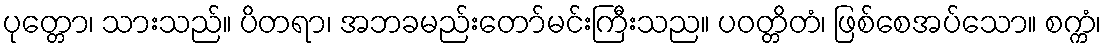
ပုတ္တော၊ သားသည်။ ပိတရာ၊ အဘခမည်းတော်မင်းကြီးသည။ ပဝတ္တိတံ၊ ဖြစ်စေအပ်သော။ စက္ကံ၊